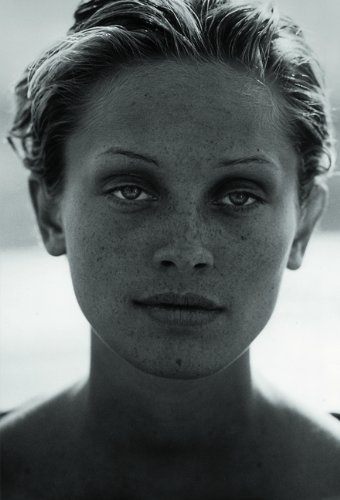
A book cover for Peter Lindbergh: Images of Women; Arts & Photography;